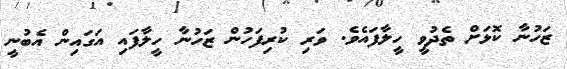
ޒަހުނާ ކޮޅަށް ތެދުވީ ހީލާފައެވެ. ވަރި ކުރިފަހުން ޒަހުނާ ހީލާފައި އަގައިން އެބުނީ